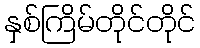
နှစ်ကြိမ်တိုင်တိုင်